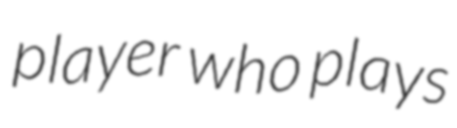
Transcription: player who plays